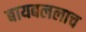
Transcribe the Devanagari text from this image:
बायबललाच